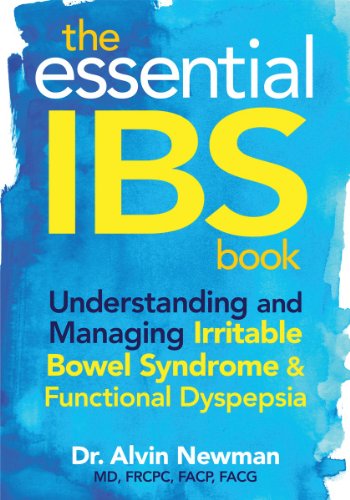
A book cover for The Essential IBS Book: Understanding and Managing Irritable Bowel Syndrome and Functional Dyspepsia; Dr. Alvin Newman; Health, Fitness & Dieting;